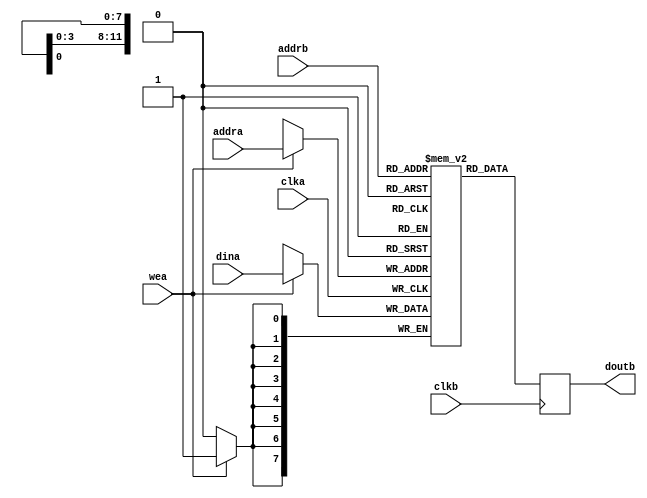
module dualport_ram #(
    parameter integer WORDS = 2400
) (
    clka,
    wea,
    addra,
    dina,
    clkb,
    addrb,
    doutb
);

    input clka;
    input wea;
    input [11 : 0] addra;
    input [7 : 0] dina;
    input clkb;
    input [11 : 0] addrb;
    output reg [7 : 0] doutb;

    reg [7:0] ram [0:WORDS-1];
    
    always@(posedge clka) begin
        if (wea)
            ram[addra] <= dina;
    end
    
    always@(posedge clkb) begin
        doutb <= ram[addrb];
    end

endmodule